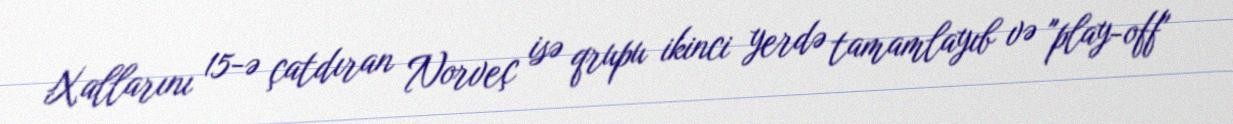
Xallarını 15-ə çatdıran Norveç isə qrupu ikinci yerdə tamamlayıb və "play-off"